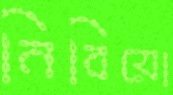
নিবিয়ো